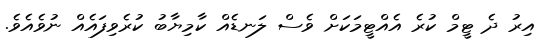
އިރު ދެ ޓީމް ކުރެ އެއްޓީމަކަށް ވެސް ލަނޑެއް ކާމިޔާބު ކުރެވިފައެއް ނުވެއެވެ.